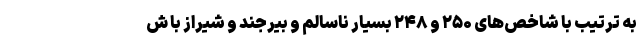
به ترتیب با شاخص‌های ۲۵۰ و ۲۴۸ بسیار ناسالم و بیرجند و شیراز با ش